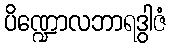
ပိဏ္ဍောလဘာရဒွါဇံ